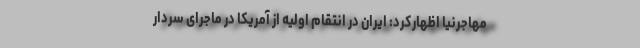
مهاجرنیا اظهارکرد: ایران در انتقام اولیه از آمریکا در ماجرای سردار